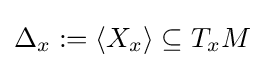
\Delta _{x}:=\langle X_{x}\rangle \subseteq T_{x}M